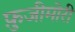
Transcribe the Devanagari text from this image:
फ़ुजीमोरी